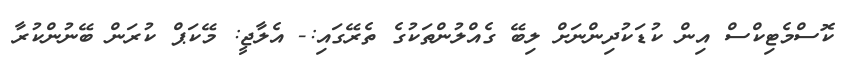
ކޮސްމެޓިކްސް އިން ކުޑަކުދިންނަށް ލިބޭ ގެއްލުންތަކުގެ ތެރޭގައި:- އެލާޖީ: މޭކަޕް ކުރަން ބޭނުންކުރާ